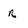
Character: r